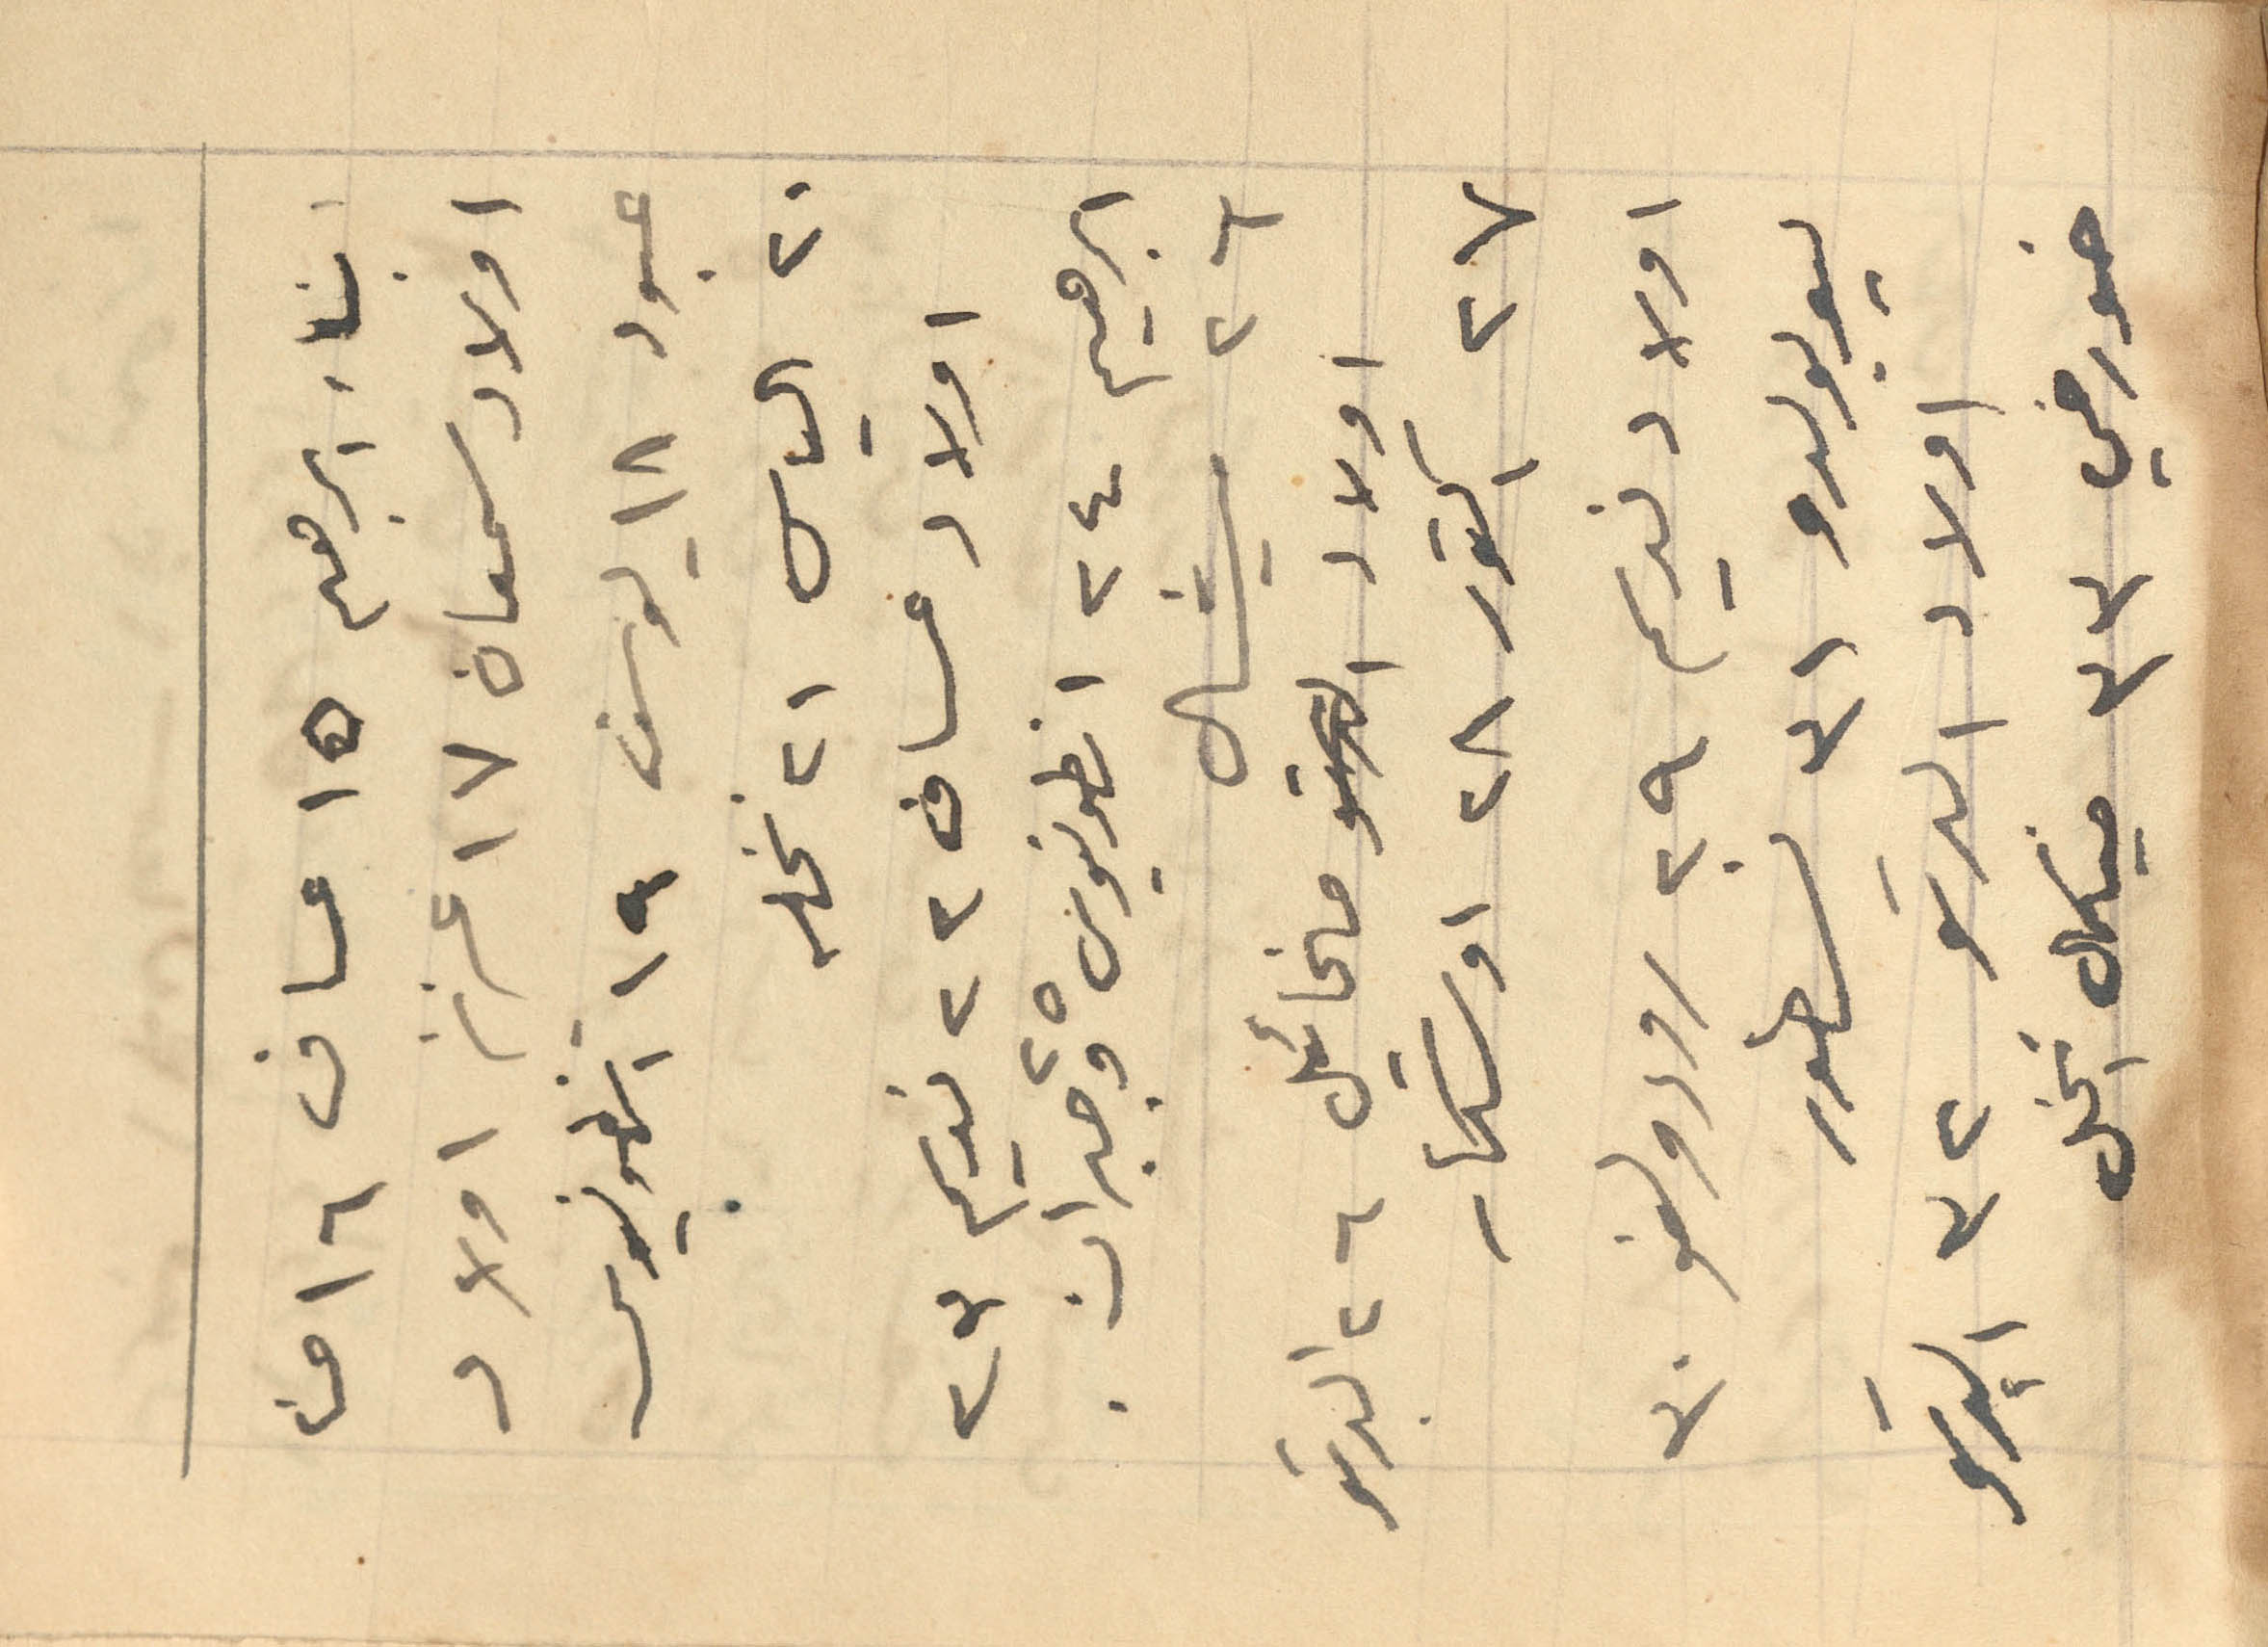
ابناء ابراهم 15 عساف 16 حنا
اولاد سمعان 17 عزيز اولاد
عبود 18 يوسف 19 انطونيوس
20 الياس 21 نخله
اولاد عساف 22 نديم 23
ابراهيم 24 انطونيوس 25 وجبران.
26 ميشال
اولاد مخائيل 26 البرتو
27 اكتور 28 اوسكار
اولاد نديم 29 رودولفو 30
ليوبولدو 31 نسطور
اولاد البرتو 32 البرتو
خورخي 33 ميكال انخل